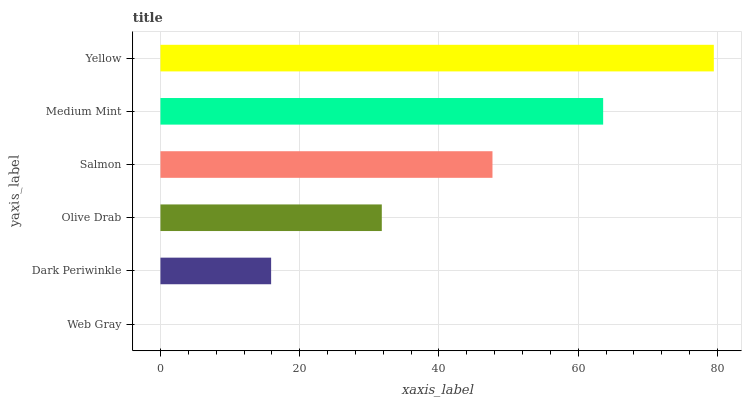
| yaxis_label | bars |
 | --- | --- |
 | Web Gray | 0 |
 | Dark Periwinkle | 15.9 |
 | Olive Drab | 31.8 |
 | Salmon | 47.7 |
 | Medium Mint | 63.6 |
 | Yellow | 79.5 |